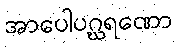
အာပေါပဂ္ဃရဏော